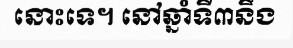
នោះទេ។ នៅឆ្នាំទី៣នឹង